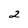
Character: 2